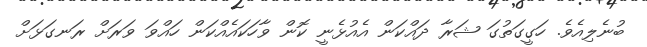
ބުނެލިއެވެ. ހަގީގަތުގަ ޝަރާ ދައްކަން އެއުޅެނީ ކޮން ވާހަކައެއްކަން ހައްވަ ވަރަށް ރަނގަޅަށް